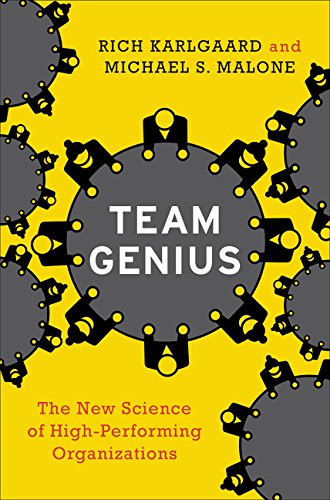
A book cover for Team Genius: The New Science of High-Performing Organizations; Rich Karlgaard; Business & Money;